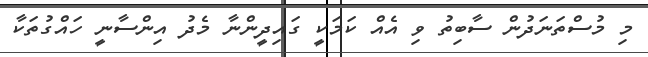
މި މުސްތަނަދުން ސާބިތު ވި އެއް ކަމަކީ ގައިދީންނާ މެދު އިންސާނީ ހައްގުތަކާ